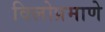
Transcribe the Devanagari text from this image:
विलोप्रमाणे